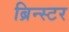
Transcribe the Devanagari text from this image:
ब्रिन्स्टर